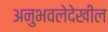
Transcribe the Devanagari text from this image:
अनुभवलेदेखील